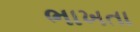
ભાખતા